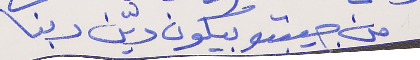
من جيبتو بيكون ديّن ربنا